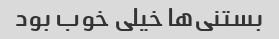
بستنی‌ها خیلی خوب بود